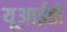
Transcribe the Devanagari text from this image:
यूआईडी